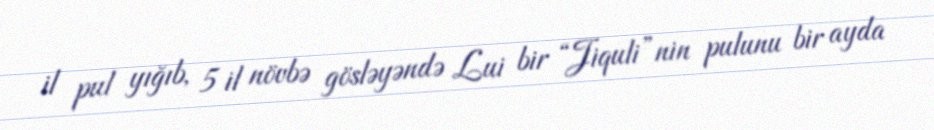
il pul yığıb, 5 il növbə gösləyəndə Lui bir “Jiquli”nin pulunu bir ayda